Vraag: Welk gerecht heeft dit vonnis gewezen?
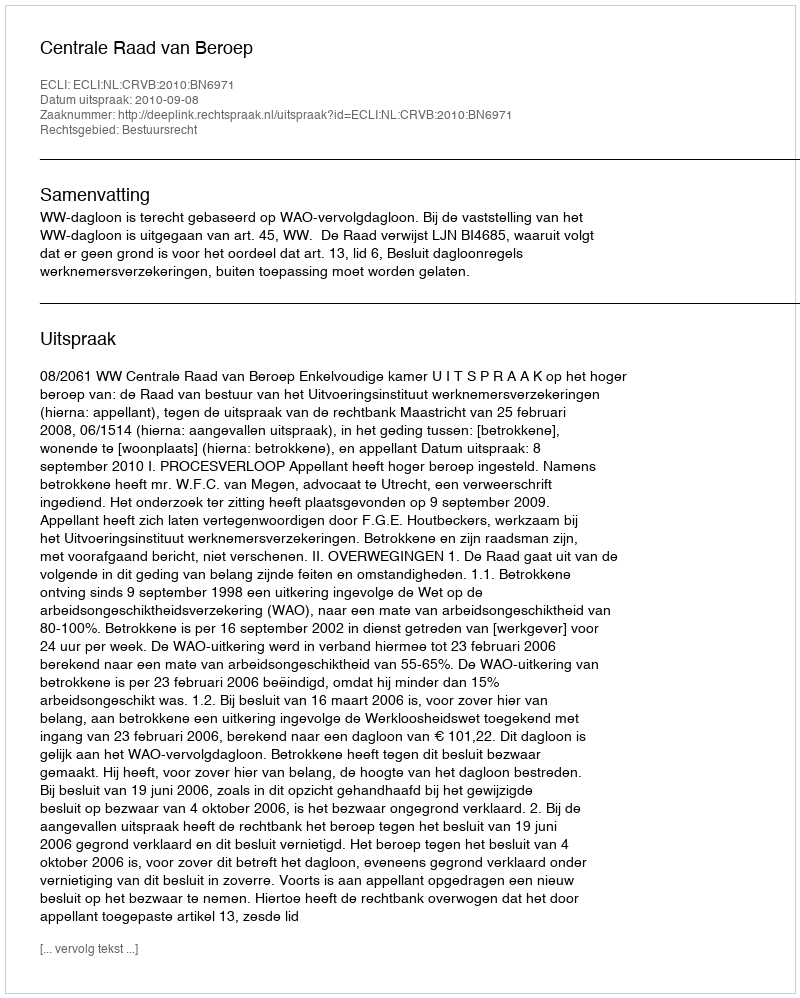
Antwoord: Centrale Raad van Beroep